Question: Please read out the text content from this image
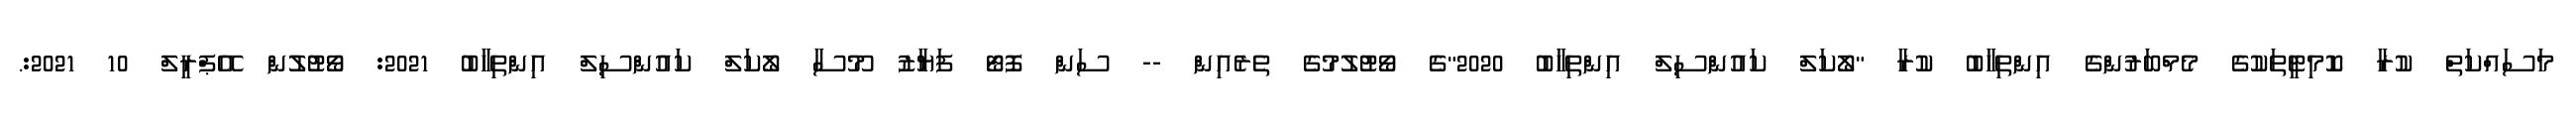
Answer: މަސައްކަތް ކުރާ ކޮމިޓީތަކުގެ މެމްބަރުންގެ އިންތިހާބު ކުރާ "ލޯކަލް ކައުންސިލް އިންތިހާބު 2020"ގެ ވޯޓުލުމުގެ ތެރެއިން -- ސަން ފޮޓޯ ފަޔާޒު މޫސާ ލޯކަލް ކައުންސިލް އިންތިހާބު 2021: ވޯޓުލުން އޭޕްރީލް 10 2021:.